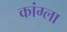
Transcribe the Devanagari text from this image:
कांग्ला